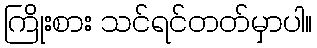
ကြိုးစား သင်ရင်တတ်မှာပါ။